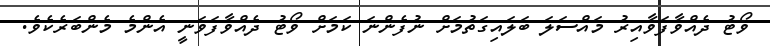
ވޯޓު ދެއްވާފަވާއިރު މައްސަލަ ބަލައިގަތުމަށް ނުފެންނަ ކަމަށް ވޯޓު ދެއްވާފަވަނީ އެންމެ މެންބަރެކެވެ.